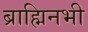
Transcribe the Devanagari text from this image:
ब्राह्मिनभी